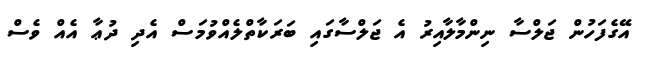
އޭގެފަހުން ޖަލްސާ ނިންމާލާއިރު އެ ޖަލްސާގައި ބަރަކާތްލެއްވުމަސް އެދި ދުޢާ އެއް ވެސް